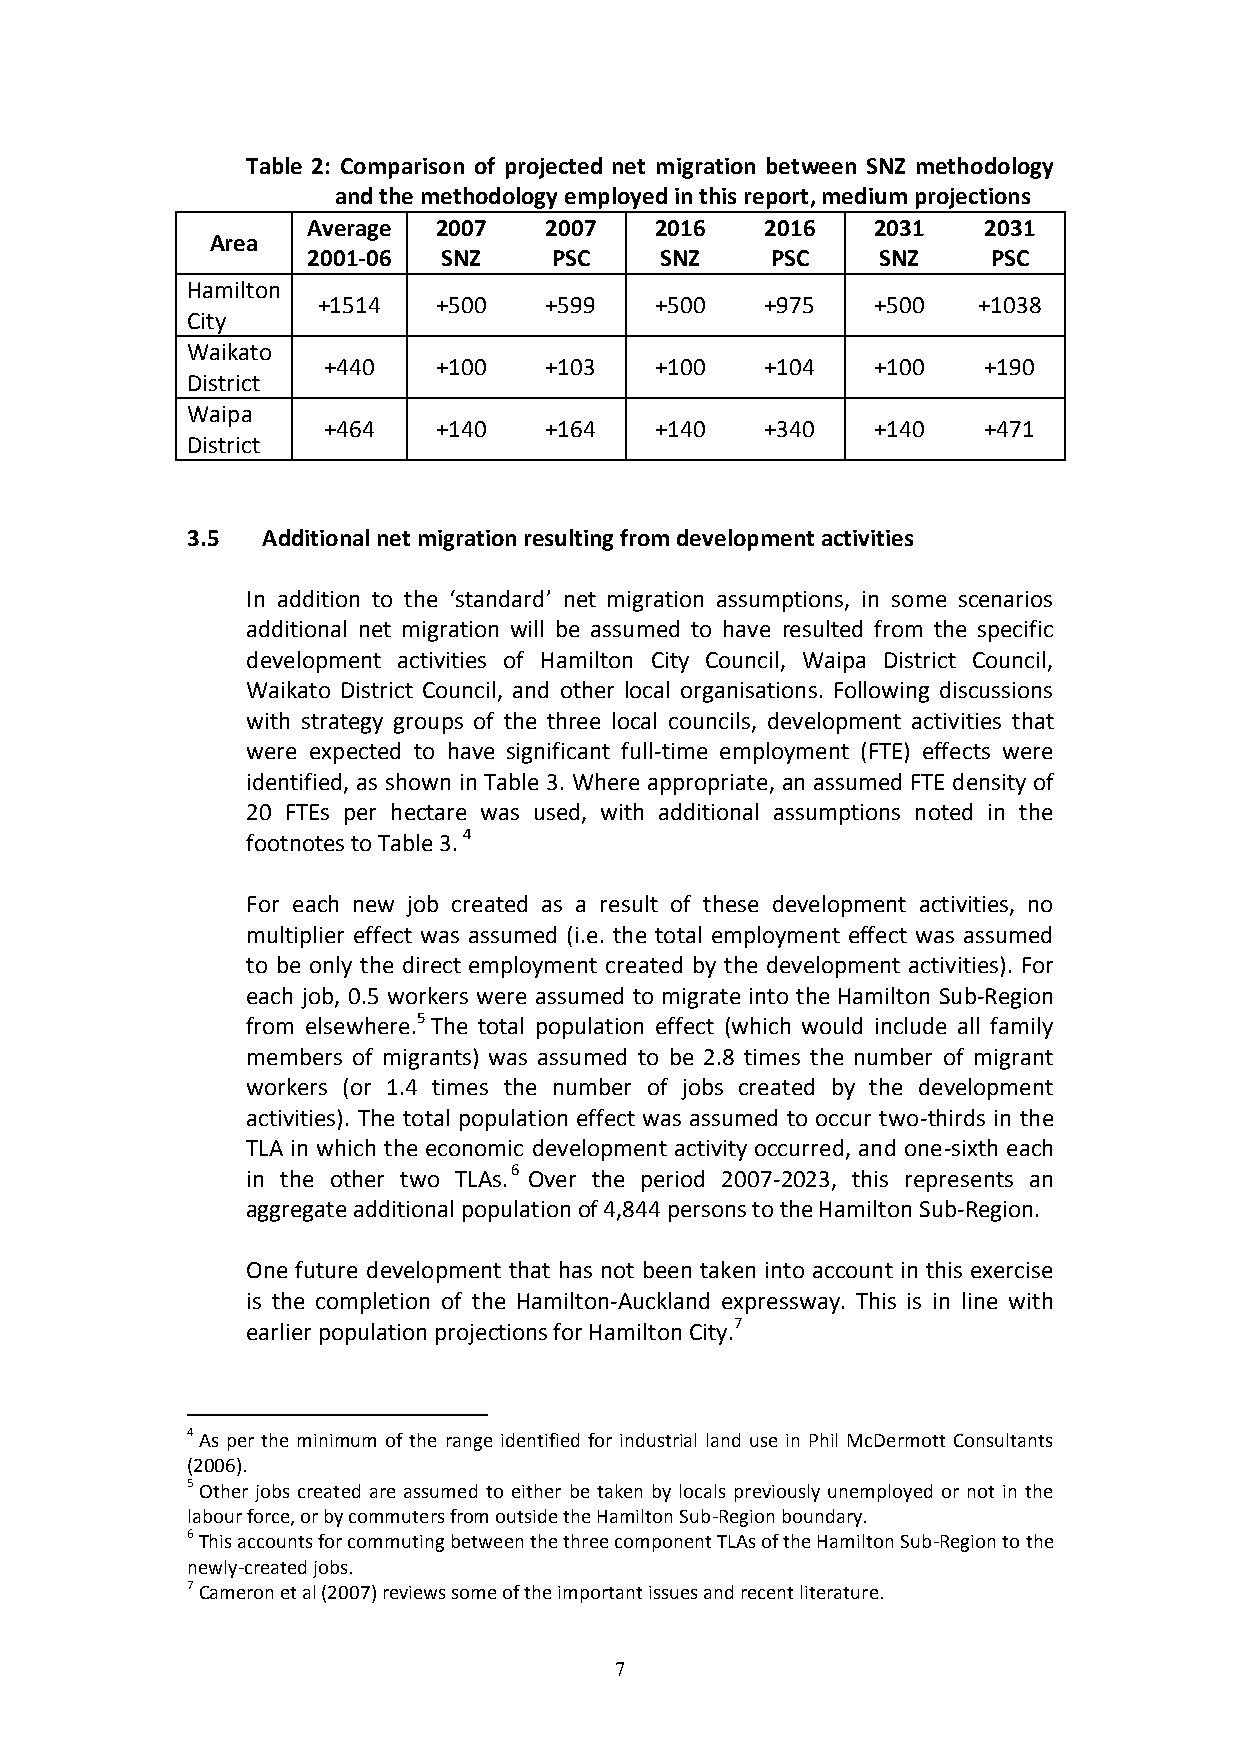
Table 2: Comparison of projected net migration between SNZ methodology
 and the methodology employed in this report, medium projections
 Average  2007   2007   2016    2016   2031   2031
 Area
 2001-06  SNZ     PSC    SNZ    PSC    SNZ     PSC
 Hamilton
 +1514   +500   +599   +500    +975   +500   +1038
 City
 Waikato
 +440    +100   +103   +100    +104   +100   +190
 District
 Waipa
 +464    +140   +164   +140    +340   +140   +471
 District
 3.5  Additional net migration resulting from development activities
 In addition to the ‘standard’ net migration assumptions, in some scenarios
 additional net migration will be assumed to have resulted from the specific
 development activities of Hamilton City Council, Waipa District Council,
 Waikato District Council, and other local organisations. Following discussions
 with strategy groups of the three local councils, development activities that
 were expected to have significant full-time employment (FTE) effects were
 identified, as shown in Table 3. Where appropriate, an assumed FTE density of
 20 FTEs per hectare was used, with additional assumptions noted in the
 footnotes to Table 3. 4
 For each new job created as a result of these development activities, no
 multiplier effect was assumed (i.e. the total employment effect was assumed
 to be only the direct employment created by the development activities). For
 each job, 0.5 workers were assumed to migrate into the Hamilton Sub-Region
 from elsewhere.5 The total population effect (which would include all family
 members of migrants) was assumed to be 2.8 times the number of migrant
 workers (or 1.4 times the number of jobs created by the development
 activities). The total population effect was assumed to occur two-thirds in the
 TLA in which the economic development activity occurred, and one-sixth each
 in the other two TLAs.6 Over the period 2007-2023, this represents an
 aggregate additional population of 4,844 persons to the Hamilton Sub-Region.
 One future development that has not been taken into account in this exercise
 is the completion of the Hamilton-Auckland expressway. This is in line with
 earlier population projections for Hamilton City.7
 4 As per the minimum of the range identified for industrial land use in Phil McDermott Consultants
 (2006).
 5 Other jobs created are assumed to either be taken by locals previously unemployed or not in the
 labour force, or by commuters from outside the Hamilton Sub-Region boundary.
 6 This accounts for commuting between the three component TLAs of the Hamilton Sub-Region to the
 newly-created jobs.
 7 Cameron et al (2007) reviews some of the important issues and recent literature.
 7